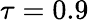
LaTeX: \tau=0.9